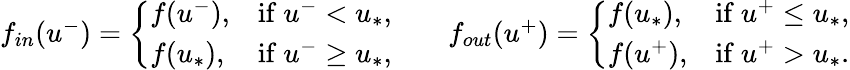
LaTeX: \begin{array}{r}{f_{in}(u^{-})=\left\{ \begin{array}{ll}{f(u^{-}),}&{\mathrm{if~}u^{-}<u_{*},}\\ {f(u_{*}),}&{\mathrm{if~}u^{-}\geq u_{*},}\end{array}\right.\qquad f_{out}(u^{+})=\left\{ \begin{array}{ll}{f(u_{*}),}&{\mathrm{if~}u^{+}\leq u_{*},}\\ {f(u^{+}),}&{\mathrm{if~}u^{+}>u_{*}.}\end{array}\right.}\end{array}